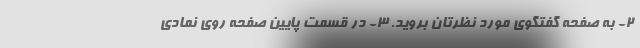
۲- به صفحه گفتگوی مورد نظرتان بروید. ۳- در قسمت پایین صفحه روی نمادی